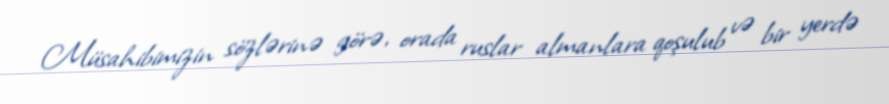
Müsahibimizin sözlərinə görə, orada ruslar almanlara qoşulub və bir yerdə